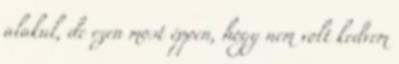
alakul, de ezen most éppen, hogy nem volt kedvem